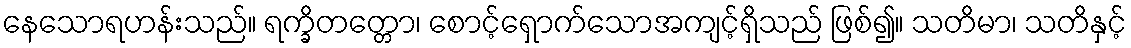
နေသောရဟန်းသည်။ ရက္ခိတတ္တော၊ စောင့်ရှောက်သောအကျင့်ရှိသည် ဖြစ်၍။ သတိမာ၊ သတိနှင့်